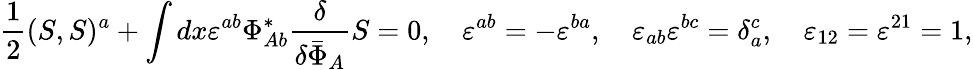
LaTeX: \frac{1}{2}(S,S)^{a}+\int dx\varepsilon^{ab}\Phi_{Ab}^{*}\frac{\delta}{\delta{\bar{\Phi}}_{A}}S=0,\quad\varepsilon^{ab}=-\varepsilon^{ba},\quad\varepsilon_{ab}\varepsilon^{bc}=\delta_{a}^{c},\quad\varepsilon_{12}=\varepsilon^{21}=1,